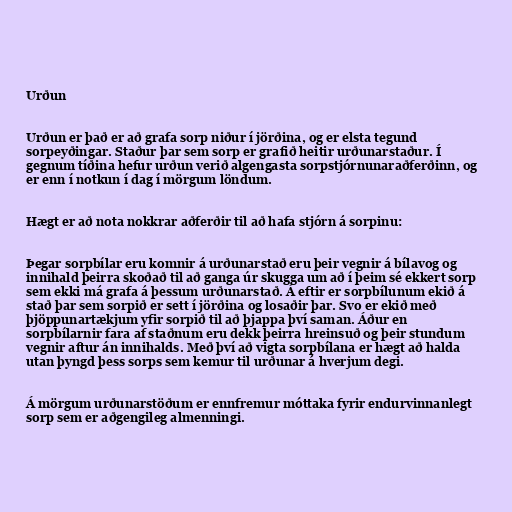
Urðun

Urðun er það er að grafa sorp niður í jörðina, og er elsta tegund
sorpeyðingar. Staður þar sem sorp er grafið heitir urðunarstaður. Í
gegnum tíðina hefur urðun verið algengasta sorpstjórnunaraðferðinn, og
er enn í notkun í dag í mörgum löndum.

Hægt er að nota nokkrar aðferðir til að hafa stjórn á sorpinu:

Þegar sorpbílar eru komnir á urðunarstað eru þeir vegnir á bílavog og
innihald þeirra skoðað til að ganga úr skugga um að í þeim sé ekkert sorp
sem ekki má grafa á þessum urðunarstað. Á eftir er sorpbílunum ekið á
stað þar sem sorpið er sett í jörðina og losaðir þar. Svo er ekið með
þjöppunartækjum yfir sorpið til að þjappa því saman. Áður en
sorpbílarnir fara af staðnum eru dekk þeirra hreinsuð og þeir stundum
vegnir aftur án innihalds. Með því að vigta sorpbílana er hægt að halda
utan þyngd þess sorps sem kemur til urðunar á hverjum degi.

Á mörgum urðunarstöðum er ennfremur móttaka fyrir endurvinnanlegt
sorp sem er aðgengileg almenningi.